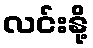
လင်းနို့